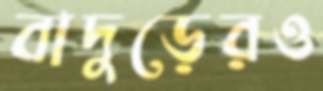
বাদুড়েরও